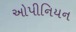
ઓપીનિયન